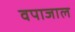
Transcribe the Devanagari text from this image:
वपाजाल